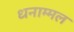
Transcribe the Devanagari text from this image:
धनाम्मल